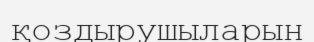
қоздырушыларын